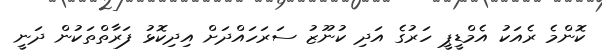
ކޮންމެ ރެއަކު އެމްޑީޕީ ހަރުގެ އަދި ކުނޫޒު ސަރަހައްދަށް އިދިކޮޅު ފަރާތްތަކުން ދަނީ